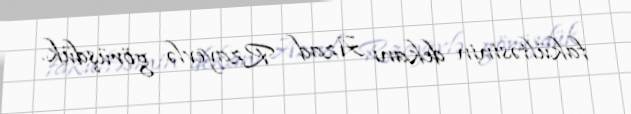
fakültəsinin dekanı Azad Rzayevlə görüşdük.